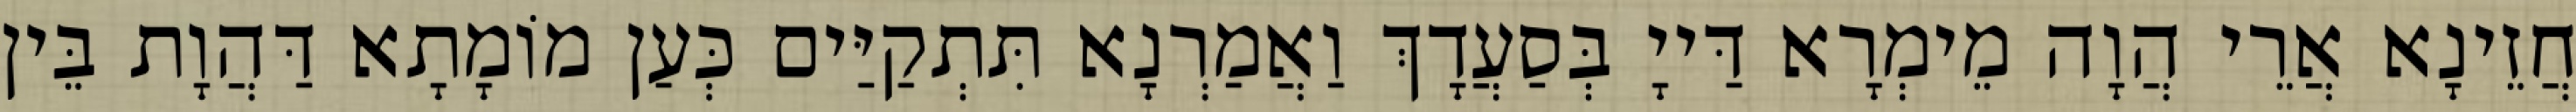
חֲזֵינָא אֲרֵי הֲוָה מֵימְרָא דַּייָ בְּסַעֲדָךְ וַאֲמַרְנָא תִּתְקַיַּים כְּעַן מוֹמָתָא דַּהֲוָת בֵּין